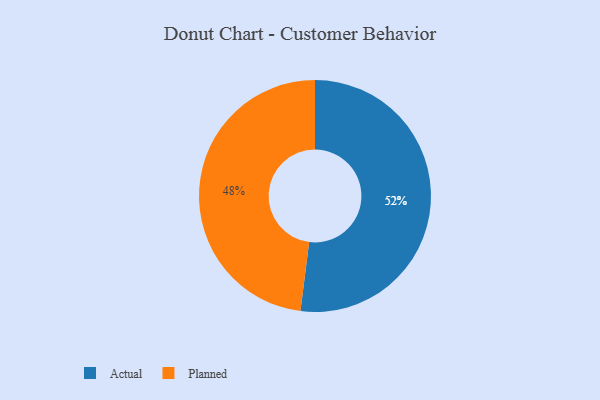
{"axis": {"x": "Category", "y": "Percentage"}, "legend": ["Actual", "Planned"], "data": [{"x": "Planned", "y": 48, "type": "Planned"}, {"x": "Actual", "y": 52, "type": "Actual"}]}